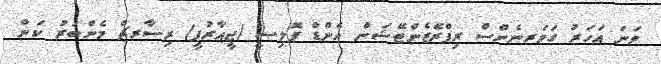
ވަނަ އަހަރު ގަވަރނެންސް ރިޕްރެޒެންޓޭޝަން އެންޑް ޕޮލިސީ (ޖީއާރުޕީ) ރިސާރޗް މެންބަރު ކަން